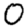
Digit: 0